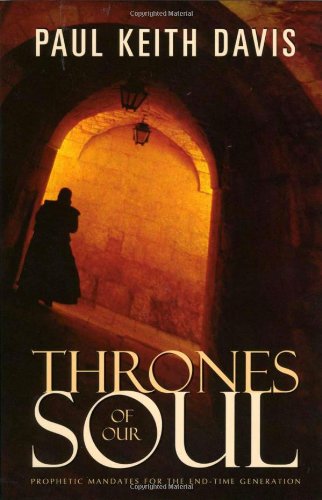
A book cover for Thrones of Our Soul; Paul Keith Davis; Christian Books & Bibles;